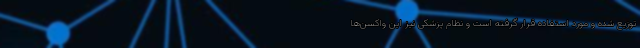
توزیع شده و مورد استفاده قرار گرفته است و نظام پزشکی نیز این واکسن‌ها